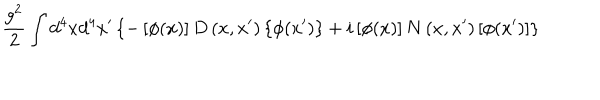
LaTeX: \frac { g ^ { 2 } } 2 \int d ^ { 4 } x d ^ { 4 } x ^ { \prime } \left\{ - \left[ \phi ( x ) \right] D \left( x , x ^ { \prime } \right) \left\{ \phi ( x ^ { \prime } ) \right\} + i \left[ \phi ( x ) \right] N \left( x , x ^ { \prime } \right) \left[ \phi ( x ^ { \prime } ) \right] \right\}